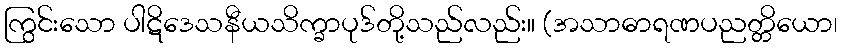
ကြွင်းသော ပါဋိဒေသနီယသိက္ခာပုဒ်တို့သည်လည်း။ (အသာဓာရဏပညတ္တိယော၊